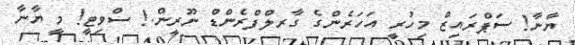
ޔާނާ! ސަޕްރައިޒް މިހުރީ އަހަރެންގެ ގާރލްފްރެންޑް ނޫރީން.! ސްވިޓީ! މީ ޔާނާ